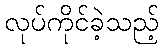
လုပ်ကိုင်ခဲ့သည့်